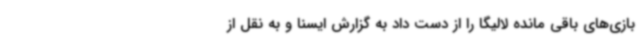
بازی‌های باقی مانده لالیگا را از دست داد به گزارش ایسنا و به نقل از